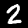
Label: 2